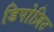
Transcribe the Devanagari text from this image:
डिपोज़िट